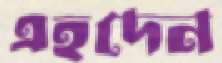
এহদেন